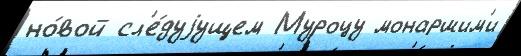
но́вой сл'е́дуjущем Муроцу монаршим'и